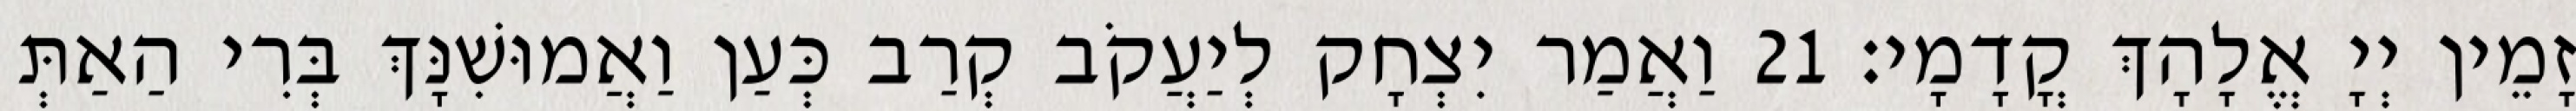
זָמֵין יְיָ אֱלָהָךְ קֳדָמָי׃ 21 וַאֲמַר יִצְחָק לְיַעֲקֹב קְרַב כְּעַן וַאֲמוּשִׁנָּךְ בְּרִי הַאַתְּ